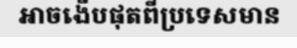
អាចងើបផុតពីប្រទេសមាន